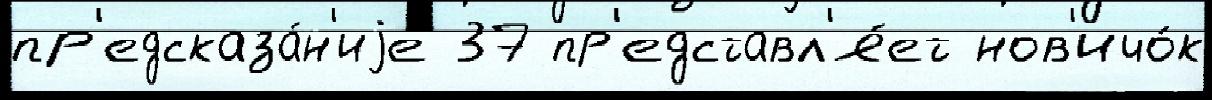
пр'едсказа́н'иjе 37 пр'едставл'я́ет нов'ичо́к